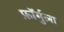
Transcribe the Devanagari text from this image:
फ़ॉर्मुला